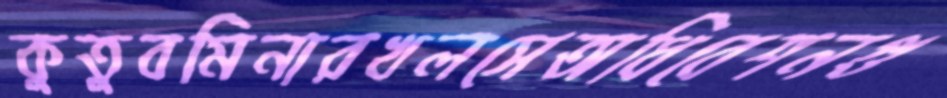
কুতুবমিনারখলসেঅধিবেশনগু